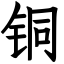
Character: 铜